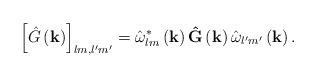
LaTeX: \begin{align*}\left[ \hat{G}\left( \mathbf{k}\right) \right] _{lm,l^{\prime}m^{\prime}}=\hat{\omega}_{lm}^{\ast}\left( \mathbf{k}\right) \mathbf{\hat{G}}\left(\mathbf{k}\right) \hat{\omega}_{l^{\prime}m^{\prime}}\left( \mathbf{k}\right). \end{align*}